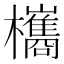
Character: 欈